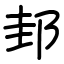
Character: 邽